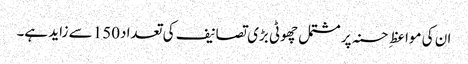
ان کی مواعظِ حسنہ پر مشتمل چھوٹی بڑی تصانیف کی تعداد150 سے زاید ہے۔